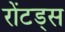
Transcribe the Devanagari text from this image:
रोंटड्स